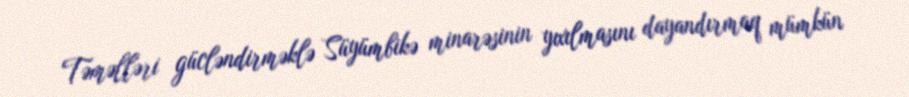
Təməlləri gücləndirməklə Süyümbikə minarəsinin yıxılmasını dayandırmaq mümkün